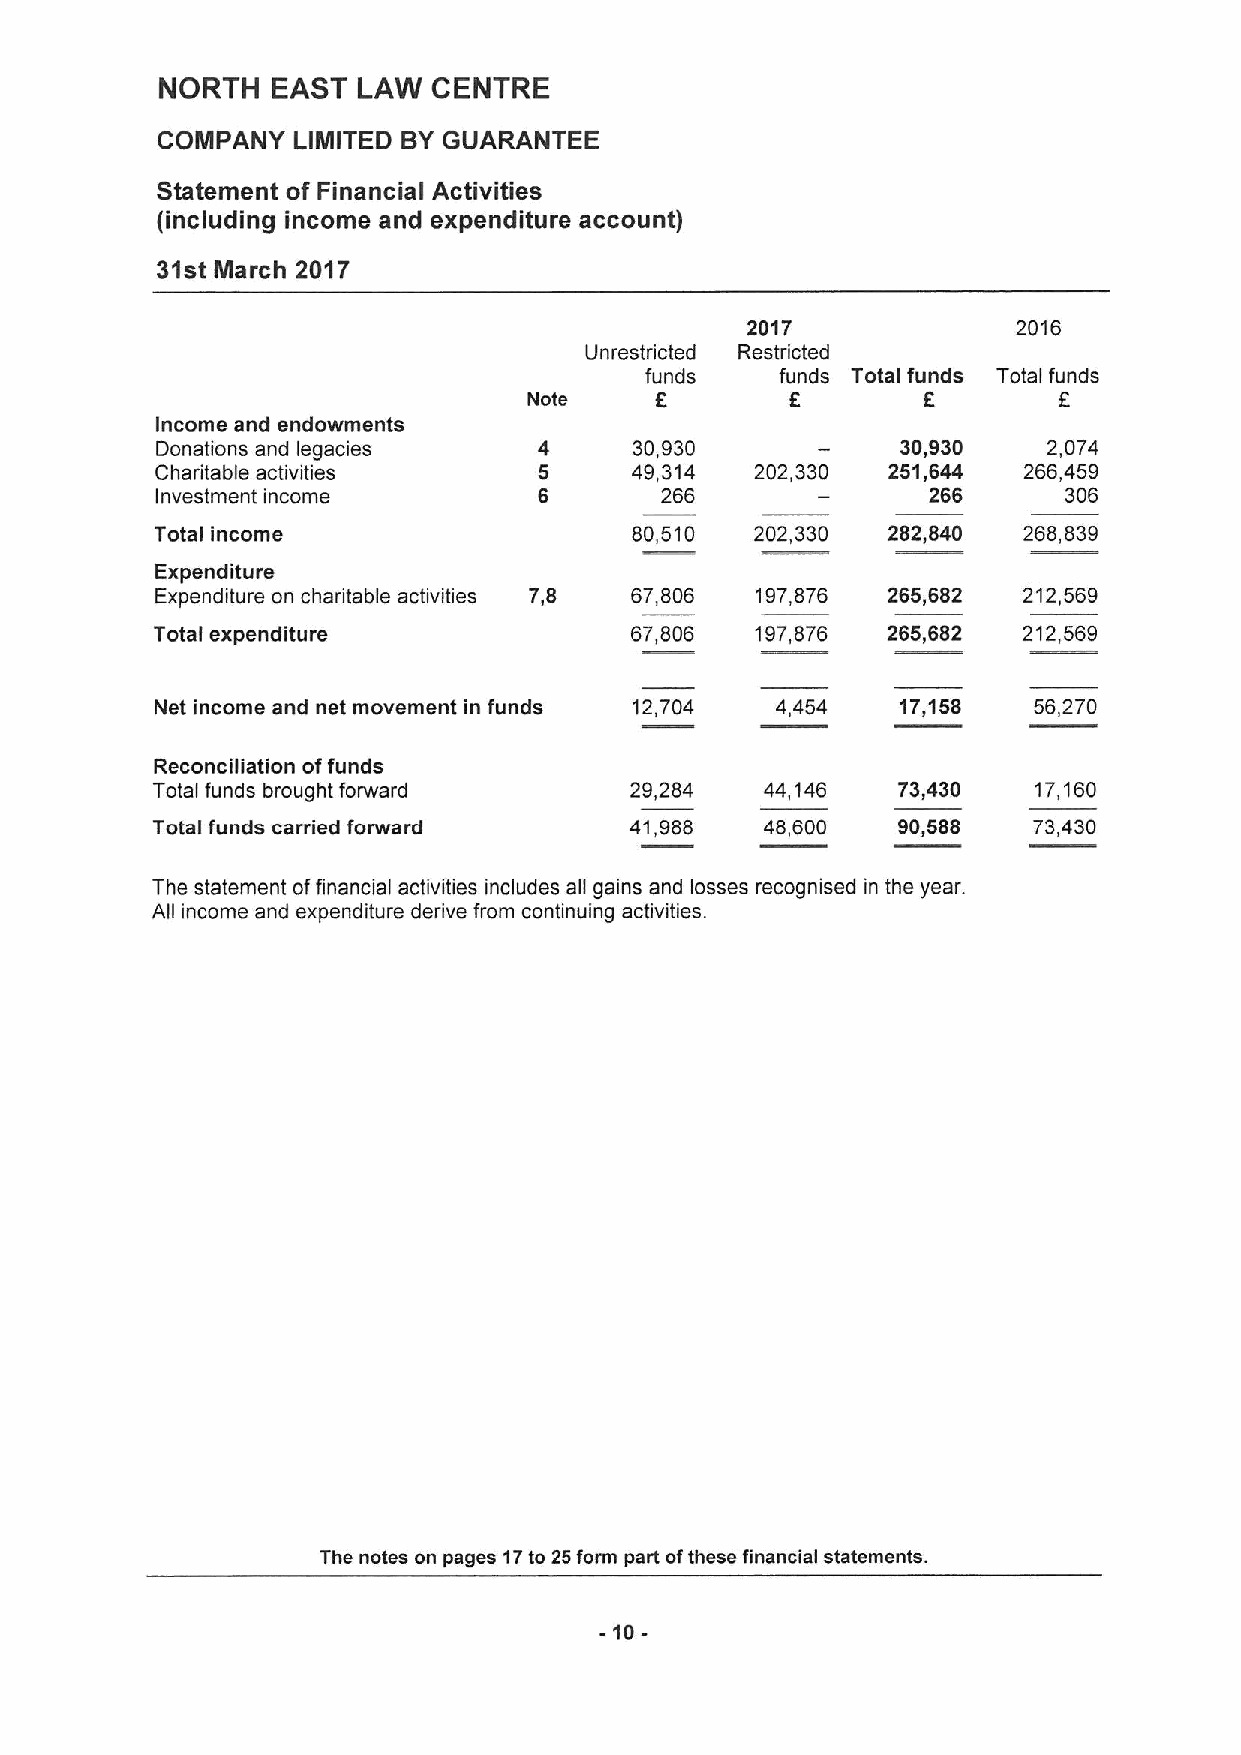
NORTH  EAST  LAW  CENTRE
 COMPANY  LIMITED BYGUARANTEE
 Statement of Financial Activities
 (including income and expenditure account)
 31st Ilarch 2017
 2017              2016
 Unrestricted Restricted
 funds    funds Total funds Total funds
 f
 Note    6        6                 6
 Income and endowments
 Donations and legacies    4     30,930            30,930   2,074
 Charitable activities     6     49,314  202,330  251,644  266,459
 Investment income         6       266              266      306
 Total income                    80,510  202,330  282,840  268,839
 Expenditure
 Expenditure on charitable activities 7,8 67,806 197,876 265,682 212,569
 Total expenditure               67,806  197,876  265,682  212,569
 Net income and net movement in funds 12,704 4,454 17,158  56,270
 Reconciliation offunds
 Total funds brought forward     29,284   44,146  73,430   17,160
 Total funds carried forward     41,988   48,600  90,688   73,430
 The statement offinancial activities includes all gains and losses recognised in the year.
 All income and expenditure derive from continuing activities.
 The notes on pages 17to 25form part ofthese financial statements.
 -10-